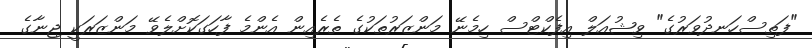
"ފަތިސްހަނދުވަރުގެ" ވިޝުއަލް އިފެކްޓްސް ހިމެނޭ މަންޒަރުތަކުގެ ތެރެއިން އެންމެ ފާހަގަކޮށްލެވޭ މަންޒަރަކީ ޖިނާގެ